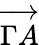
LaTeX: \overrightarrow{\Gamma A}